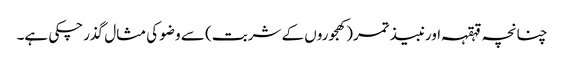
چنانچہ قہقہہ اورنبیذ تمر(کھجوروں کے شربت) سے وضو کی مثال گذرچکی ہے۔